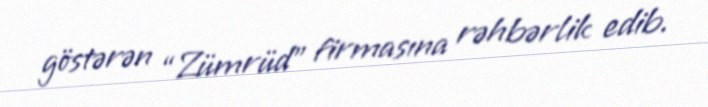
göstərən “Zümrüd” firmasına rəhbərlik edib.